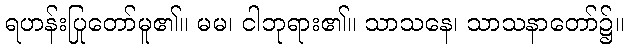
ရဟန်းပြုတော်မူ၏။ မမ၊ ငါဘုရား၏။ သာသနေ၊ သာသနာတော်၌။